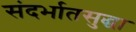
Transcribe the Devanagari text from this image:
संदर्भातसुद्धा